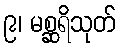
၉၊ မစ္ဆရိသုတ်